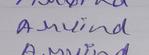
Signature authenticity: genuine